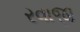
રવાજી